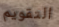
التقويم